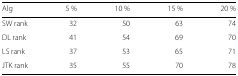
<table><thead><tr><td><b>Alg</b></td><td><b>5 %</b></td><td><b>10 %</b></td><td><b>15 %</b></td><td><b>20 %</b></td></tr></thead><tbody><tr><td>SW rank</td><td>32</td><td>50</td><td>63</td><td>74</td></tr><tr><td>DL rank</td><td>41</td><td>54</td><td>69</td><td>70</td></tr><tr><td>LS rank</td><td>37</td><td>53</td><td>65</td><td>71</td></tr><tr><td>JTK rank</td><td>35</td><td>55</td><td>70</td><td>78</td></tr></tbody></table>